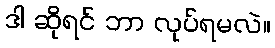
ဒါ ဆိုရင် ဘာ လုပ်ရမလဲ။